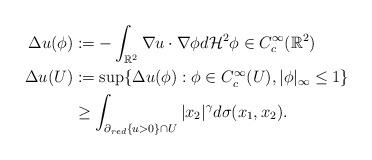
LaTeX: \begin{align*} \Delta u(\phi) & := -\int_{\mathbb{R}^2} \nabla u \cdot \nabla \phi d\mathcal{H}^2 \phi \in C^{\infty}_c(\mathbb{R}^2)\\ \Delta u(U) & := \sup \{\Delta u(\phi): \phi \in C^{\infty}_c(U), |\phi|_{\infty} \le 1\}\\ & \ge \int_{\partial_{red}\{u>0\} \cap U} |x_2|^{\gamma}d\sigma(x_1, x_2).\end{align*}